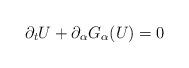
LaTeX: \begin{align*}\partial_tU + \partial_\alpha G_\alpha(U) = 0\end{align*}